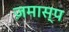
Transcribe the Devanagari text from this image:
ज़मास्प